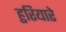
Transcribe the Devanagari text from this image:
हुरियारे